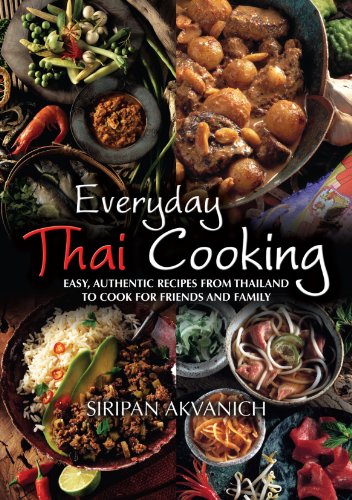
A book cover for Everyday Thai Cooking: Easy, Authentic Recipes from Thailand to Cook for Friends and Family; Siripan Akvanich; Cookbooks, Food & Wine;